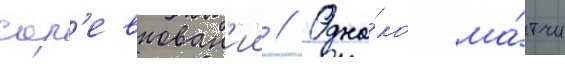
сор'евнован'ии // Одна́ко ма́тчи